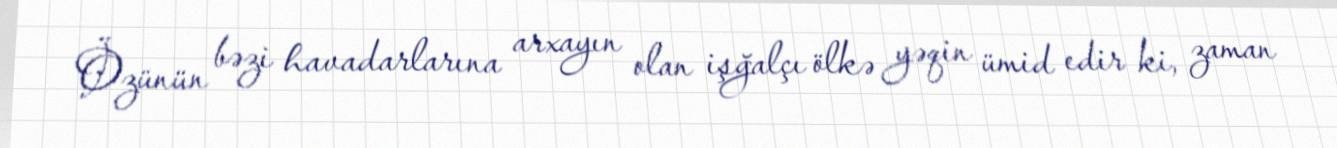
Özünün bəzi havadarlarına arxayın olan işğalçı ölkə yəqin ümid edir ki, zaman